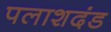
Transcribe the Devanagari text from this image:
पलाशदंड